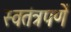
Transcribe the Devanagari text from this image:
स्वतंत्रपणें